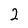
Character: 2